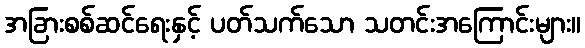
အခြားစစ်ဆင်ရေးနှင့် ပတ်သက်သော သတင်းအကြောင်းများ။